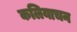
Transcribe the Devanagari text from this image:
कलियाचन